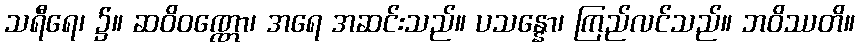
သရီရေ၊ ၌။ ဆဝိဝဏ္ဏော၊ အရေ အဆင်းသည်။ ပသန္နော၊ ကြည်လင်သည်။ ဘဝိဿတိ။